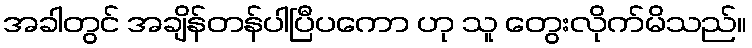
အခါတွင် အချိန်တန်ပါပြီပကော ဟု သူ တွေးလိုက်မိသည်။